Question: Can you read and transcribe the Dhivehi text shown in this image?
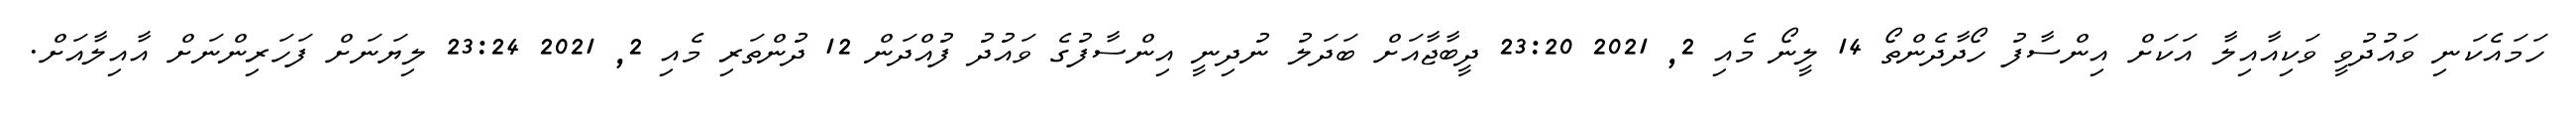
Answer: ހަމައެކަނި ވައުދުވީ ވަކިއާއިލާ އަކަށް އިންސާފު ހޯދާދެންތޯ 14 ލީނޯ މެއި 2, 2021 23:20 ދީބާޖާއަށް ބަދަލު ނުދިނީ އިންސާފުގެ ވައުދު ފުއްދަން 12 ދުންތަރި މެއި 2, 2021 23:24 ލިޔަނަށް ފަހަރިންނަށް އާއިލާއަށް.